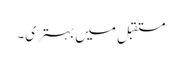
مستقبل میں بہتری۔